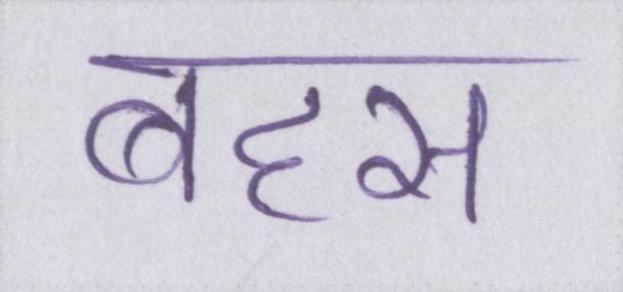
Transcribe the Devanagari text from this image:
बहस